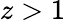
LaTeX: z>1